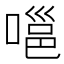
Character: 嗈